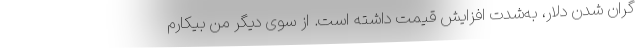
گران شدن دلار، به‌شدت افزایش قیمت داشته است. از سوی دیگر من بیکارم